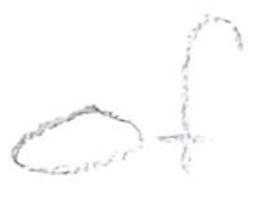
Text: of
Cross-out: clean
Writing tool: pencil